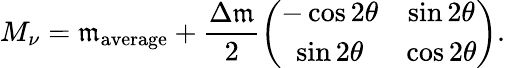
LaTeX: M_{\nu}=\mathfrak{m}_{\mathrm{{average}}}+\frac{{\Delta\mathfrak{m}}}{{2}}\left(\begin{array}{cc}{{-\cos 2\theta}}&{{\sin 2\theta}}\\ {{\sin 2\theta}}&{{\cos 2\theta}}\end{array}\right).